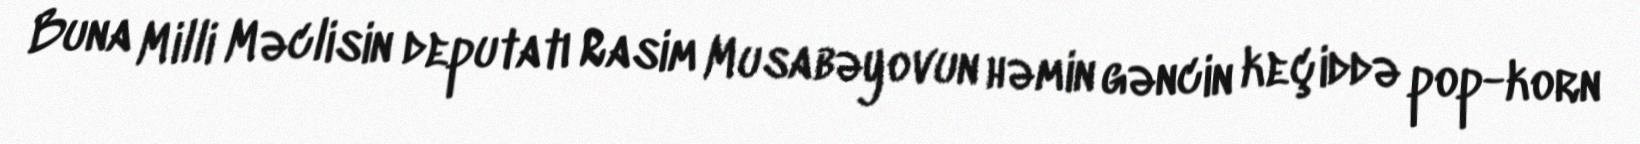
Buna Milli Məclisin deputatı Rasim Musabəyovun həmin gəncin keçiddə pop-korn